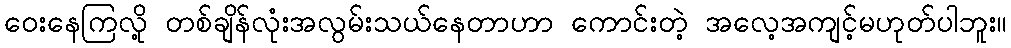
ဝေးနေကြလို့ တစ်ချိန်လုံးအလွမ်းသယ်နေတာဟာ ကောင်းတဲ့ အလေ့အကျင့်မဟုတ်ပါဘူး။